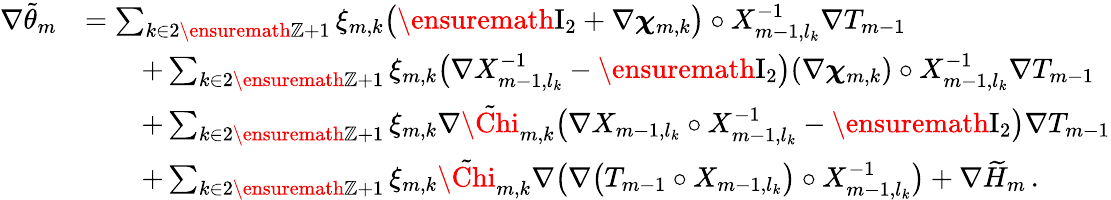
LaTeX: \begin{array}{rl}{\nabla\tilde{\theta}_{m}}&{=\sum_{k\in 2\ensuremath{\mathbb{Z}}+1}\xi_{m,k}\bigl(\ensuremath{\mathrm{I}_{2}}+\nabla{\boldsymbol{\chi}}_{m,k}\bigr)\circ X_{m-1,l_{k}}^{-1}\nabla T_{m-1}}\\ &{\qquad+\sum_{k\in 2\ensuremath{\mathbb{Z}}+1}\xi_{m,k}\bigl(\nabla X_{m-1,l_{k}}^{-1}-\ensuremath{\mathrm{I}_{2}}\bigr)(\nabla{\boldsymbol{\chi}}_{m,k})\circ X_{m-1,l_{k}}^{-1}\nabla T_{m-1}}\\ &{\qquad+\sum_{k\in 2\ensuremath{\mathbb{Z}}+1}\xi_{m,k}\nabla\tilde{\Chi}_{m,k}\bigl(\nabla X_{m-1,l_{k}}\circ X_{m-1,l_{k}}^{-1}-\ensuremath{\mathrm{I}_{2}}\bigr)\nabla T_{m-1}}\\ &{\qquad+\sum_{k\in 2\ensuremath{\mathbb{Z}}+1}\xi_{m,k}\tilde{\Chi}_{m,k}\nabla\bigl(\nabla\bigl(T_{m-1}\circ X_{m-1,l_{k}}\bigr)\circ X_{m-1,l_{k}}^{-1}\bigr)+\nabla\widetilde{H}_{m}\, .}\end{array}